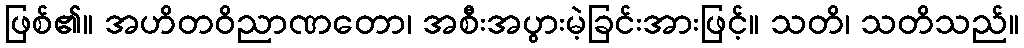
ဖြစ်၏။ အဟိတဝိညာဏတော၊ အစီးအပွားမဲ့ခြင်းအားဖြင့်။ သတိ၊ သတိသည်။